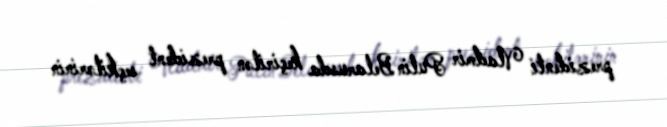
prezidenti Vladmir Putin Belarusda keçirilən prezident seçkilərinin